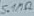
Text: 5.1Ω